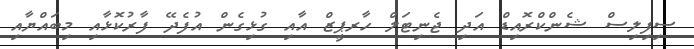
ސިފިލިސް ޝެންކްރޮއިޑް އަދި ޖެނިޓަލް ހާރޕީޒް އާއި ގުޅިގެން އުފެދޭ ފާރުކޮޅާއި މިބައްޔާއި